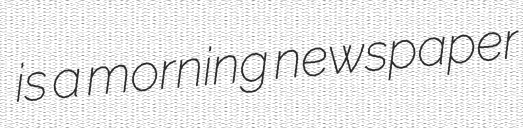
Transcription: is a morning newspaper